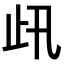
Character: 𣥇